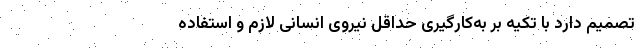
تصمیم دارد با تکیه بر به‌کارگیری حداقل نیروی انسانی لازم و استفاده